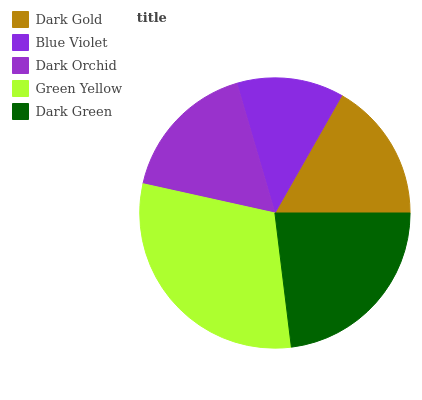
| Dark Gold | Blue Violet | Dark Orchid | Green Yellow | Dark Green |
 | --- | --- | --- | --- | --- |
 | 16.7% | 12.8% | 17% | 30.4% | 23.1% |